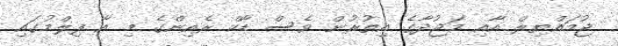
ޖުމައްޔިލް އާއި މަޖުދާގެ އިތުރުން ވެސް ޑާކް ރެއިންގެ މި އާ ފިލްމުގައި